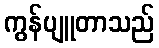
ကွန်ပျူတာသည်